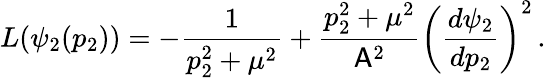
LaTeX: L(\psi_{2}(p_{2}))=-\frac{1}{p_{2}^{2}+\mu^{2}}+\frac{p_{2}^{2}+\mu^{2}}{\mathsf{A}^{2}}\left(\frac{d\psi_{2}}{dp_{2}}\right)^{2}\, .